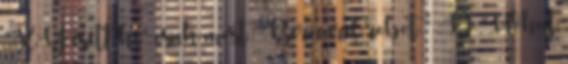
“XY esett ki” csak most “Bernard robot.” :D “What